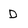
Character: D